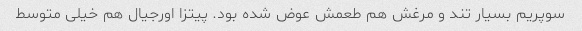
سوپریم بسیار تند و مرغش هم طعمش عوض شده بود. پیتزا اورجیال هم خیلی متوسط